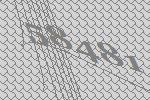
58481